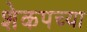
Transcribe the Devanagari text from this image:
शेकपच्या